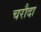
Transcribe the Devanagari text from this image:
चरौदा